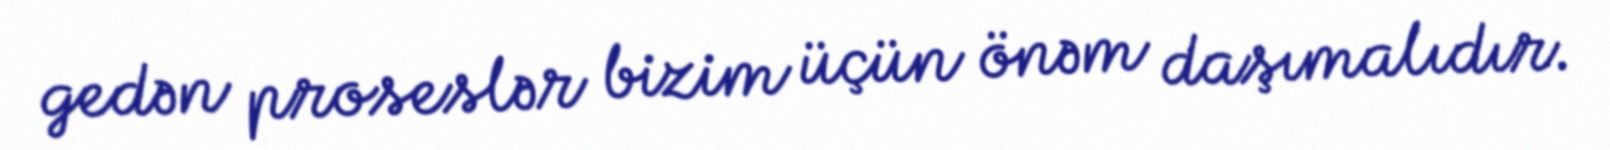
gedən proseslər bizim üçün önəm daşımalıdır.